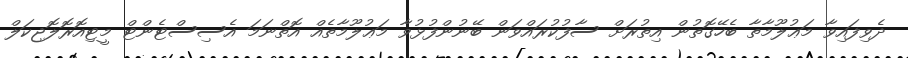
ދެވިފައިވާ މަޢުލޫމާތާ ބެހޭގޮތުން އިތުރަށް ސާފުކުރައްވަން ބޭނުންފުޅުވާ މަޢުލޫމާތެއް އޮތްނަމަ އެސިސްޓެންޓް މީޓިއޮރޮލޮޖިކަލް